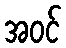
အဝင်